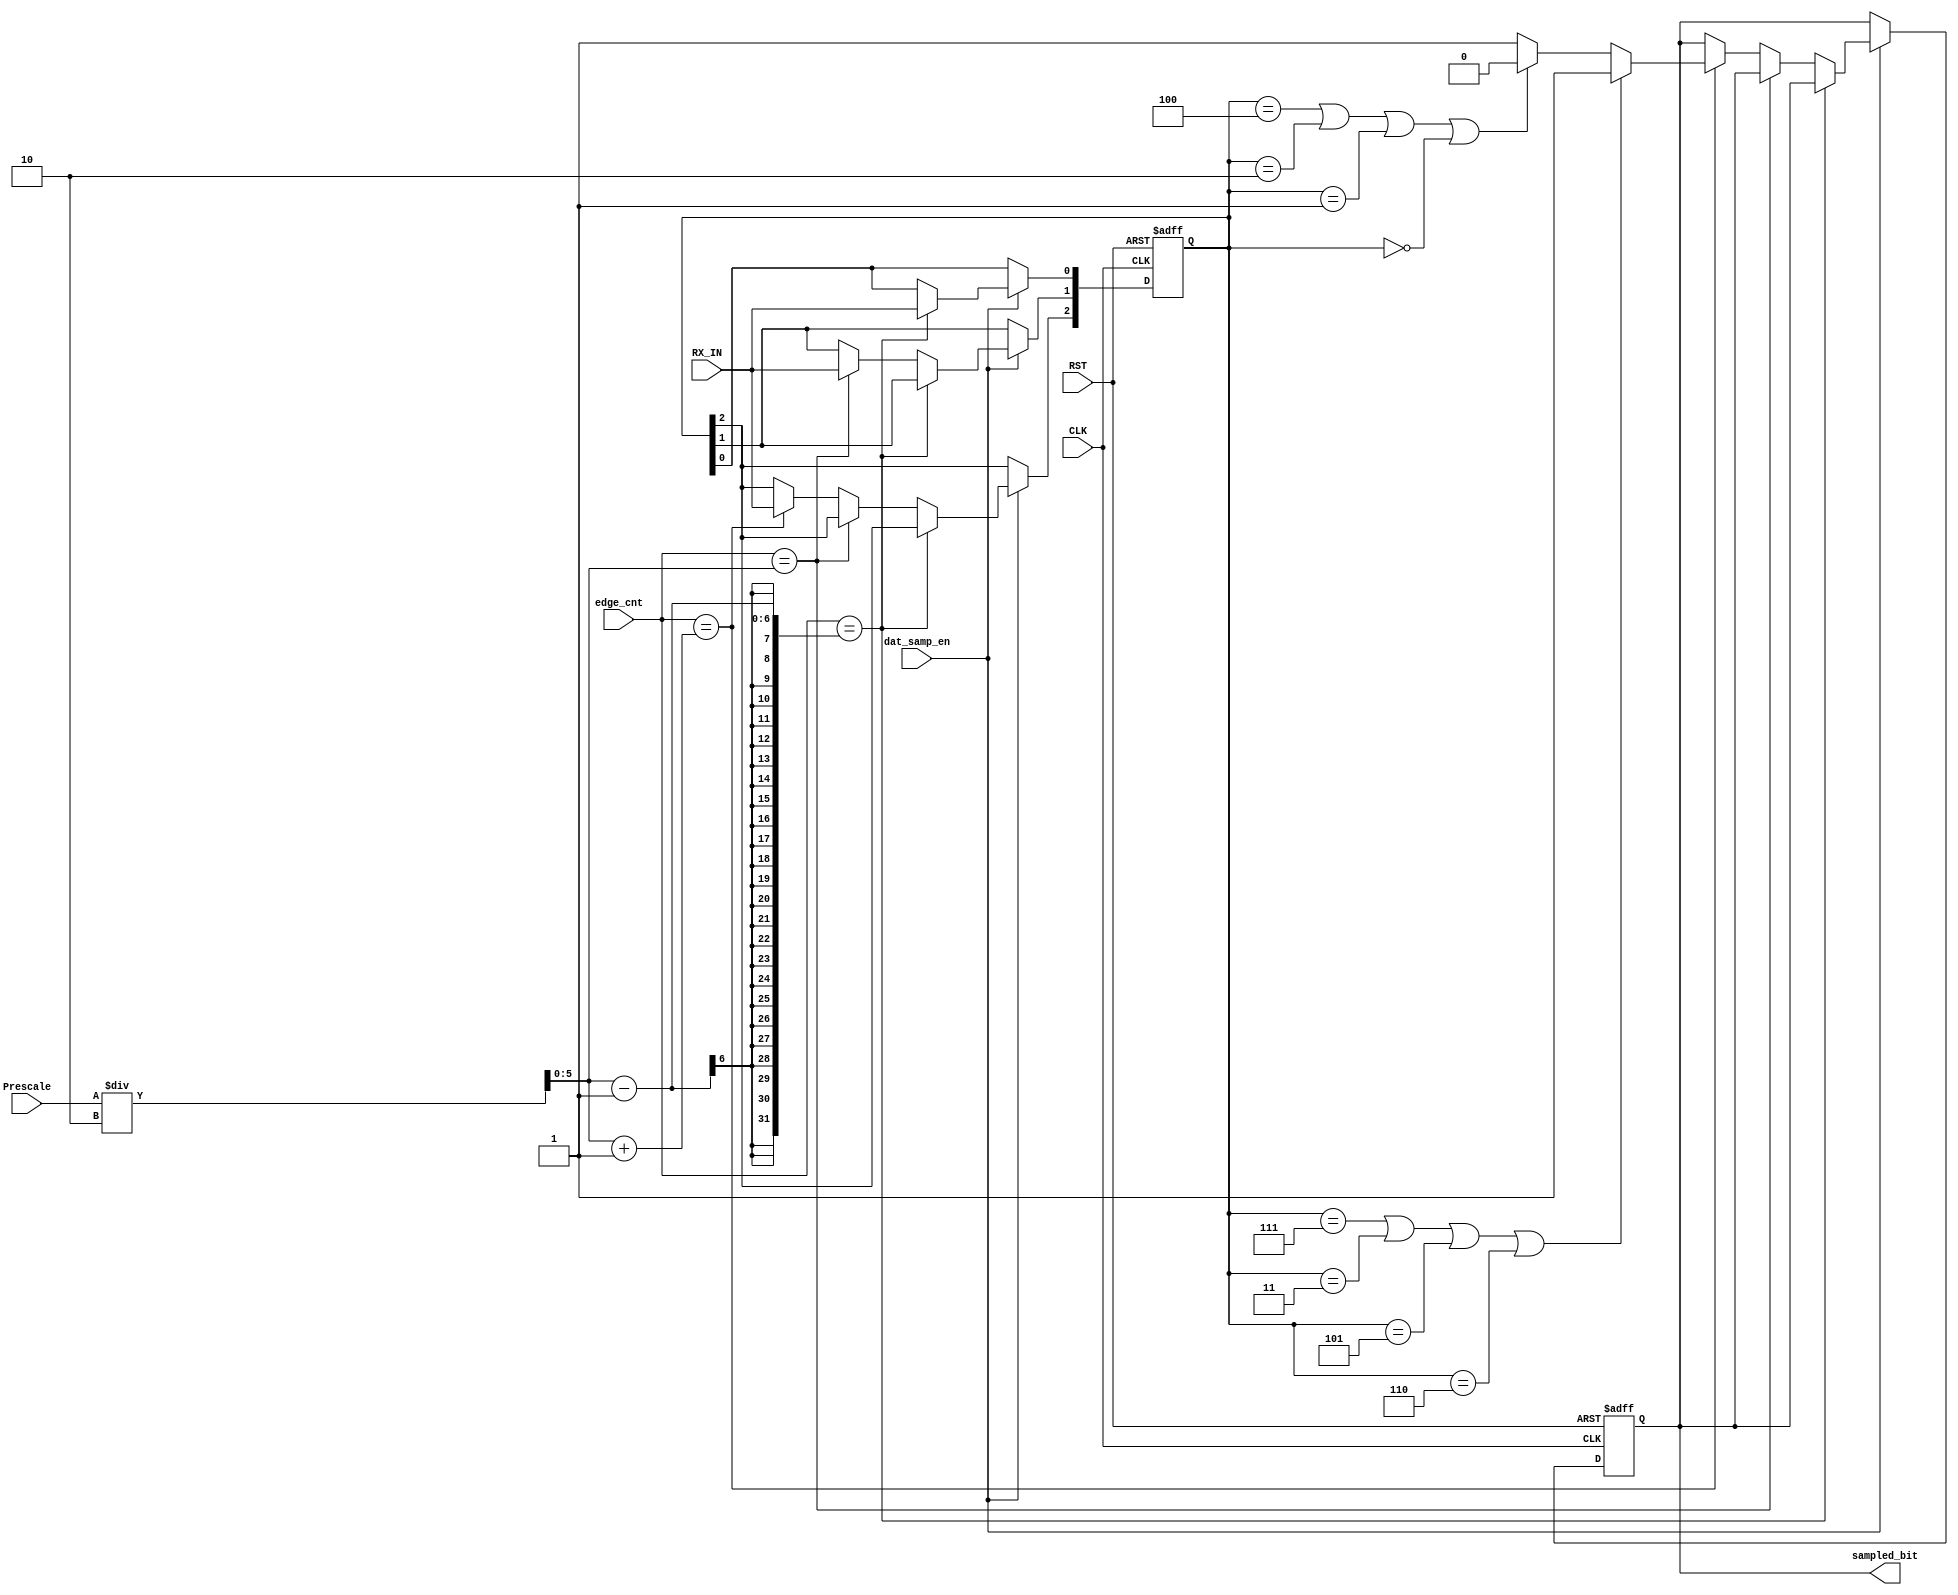
module UART_RX_data_sampling (
  input wire         CLK ,
  input wire         RST ,
  input wire [5 : 0] Prescale ,
  input wire         RX_IN ,
  input wire         dat_samp_en ,
  input wire [5 : 0] edge_cnt ,
  output reg         sampled_bit
  );

reg  [2:0] samples ;
wire [5:0] threshold ; 

always @ (posedge CLK or negedge RST)
begin
  if(!RST)
    begin
      samples <= 0 ;
      sampled_bit <= 1  ;
      
    end
  else
    begin
    if(dat_samp_en == 1)
      begin
        if(edge_cnt == (threshold - 1 ))
          samples[0] <= RX_IN ;
        else if (edge_cnt == threshold)
          samples[1] <= RX_IN ;
        else if (edge_cnt == (threshold + 1 ))
          begin
           	samples[2] <= RX_IN ;
            if((samples == 'b111) || (samples == 'b011) || (samples == 'b101) || (samples == 'b110))
              sampled_bit <= 1 ;
            else if ((samples == 'b100) || (samples == 'b010) || (samples == 'b001) || (samples == 'b000) )
              sampled_bit <= 0 ;
            else
              sampled_bit <= 1 ;
          end
      end
  
end
end


assign threshold = Prescale / 2 ;

endmodule